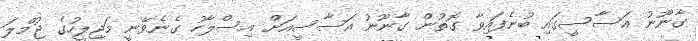
ގާނޫނު އަސާސީގައި ބުނެފައިވާ ގޮތުން ގާނޫނު އަސާސީއަށް އިސްލާހު ގެނެވޭނީ މަޖިލީހުގެ ޖުމްލަ